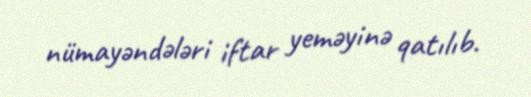
nümayəndələri iftar yeməyinə qatılıb.